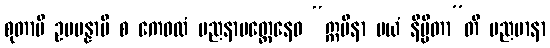
စုတာပိ ဥပပန္နာပိ စ ကေဝလံ မညနာမတ္တေနေဝ “ဣမိနာ မယံ နိမ္မိတာ”တိ မညမာနာ